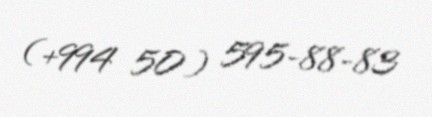
(+994 50) 595-88-83